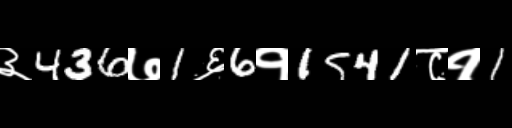
Text: ३436७1६6१1541८१1